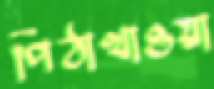
পিঠাখাওয়া